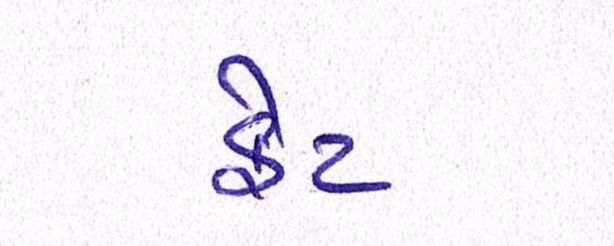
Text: ફેટ